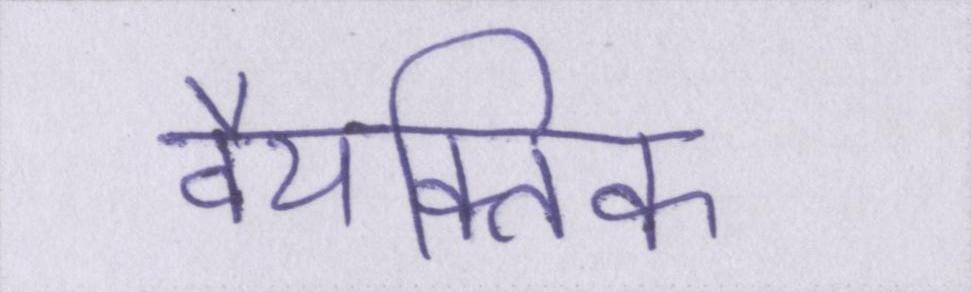
वैयक्तिक